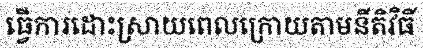
ធ្វើការដោះស្រាយពេលក្រោយតាមនីតិវិធី